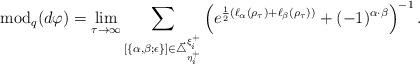
LaTeX: \begin{align*}\mathrm{mod}_q(d\varphi)=\lim_{\tau\to\infty}\sum_{[\{\alpha,\beta;\epsilon\}]\in\vec{\triangle}^{\xi^+_i}_{\eta^+_i}}\left(e^{\frac{1}{2}(\ell_{\alpha}(\rho_\tau)+\ell_{\beta}(\rho_\tau))}+(-1)^{\alpha\cdot\beta}\right)^{-1}.\end{align*}